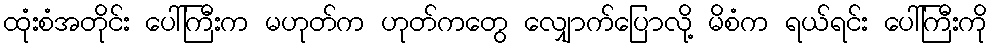
ထုံးစံအတိုင်း ပေါ်ကြီးက မဟုတ်က ဟုတ်ကတွေ လျှောက်ပြောလို့ မိစံက ရယ်ရင်း ပေါ်ကြီးကို